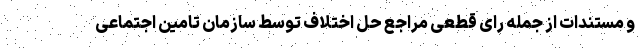
و مستندات از جمله رای قطعی مراجع حل اختلاف توسط سازمان تامین اجتماعی